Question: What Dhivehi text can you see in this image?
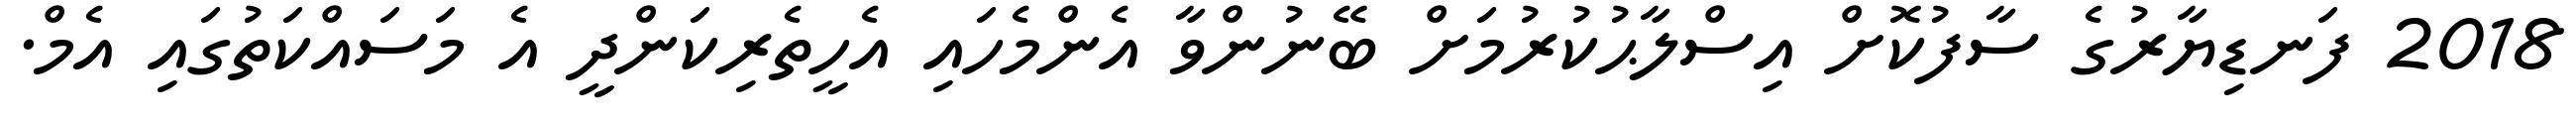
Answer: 2018 ފަނޑިޔާރުގެ ސާފުކޮށް އިސްލާޙުކުރުމަށް ބޭނުންވާ އެންމެހައި އެހީތެރިކަންދީ އެ މަސައްކަތުގައި އެމް.